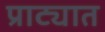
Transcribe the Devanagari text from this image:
प्राट्यात